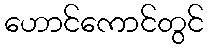
ဟောင်ကောင်တွင်